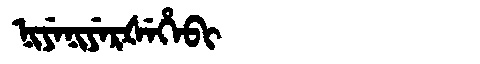
Manchu: ᠨᡳᠶᡝᠨᡳᠶᡝᡵᡧᡝᡥᡝᠪᡳ
Romanization: NIYENIYERŠEHEBI